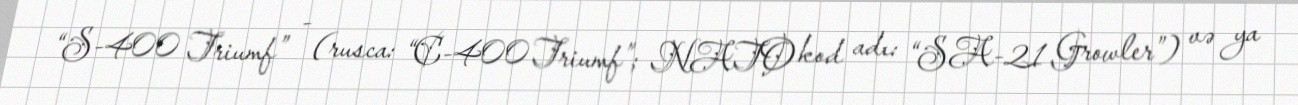
“S-400 Triumf” - (rusca: “C-400 Triumf”; NATO kod adı: “SA-21 Growler”) və ya